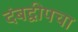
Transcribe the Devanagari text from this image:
दंबद्वीपचा